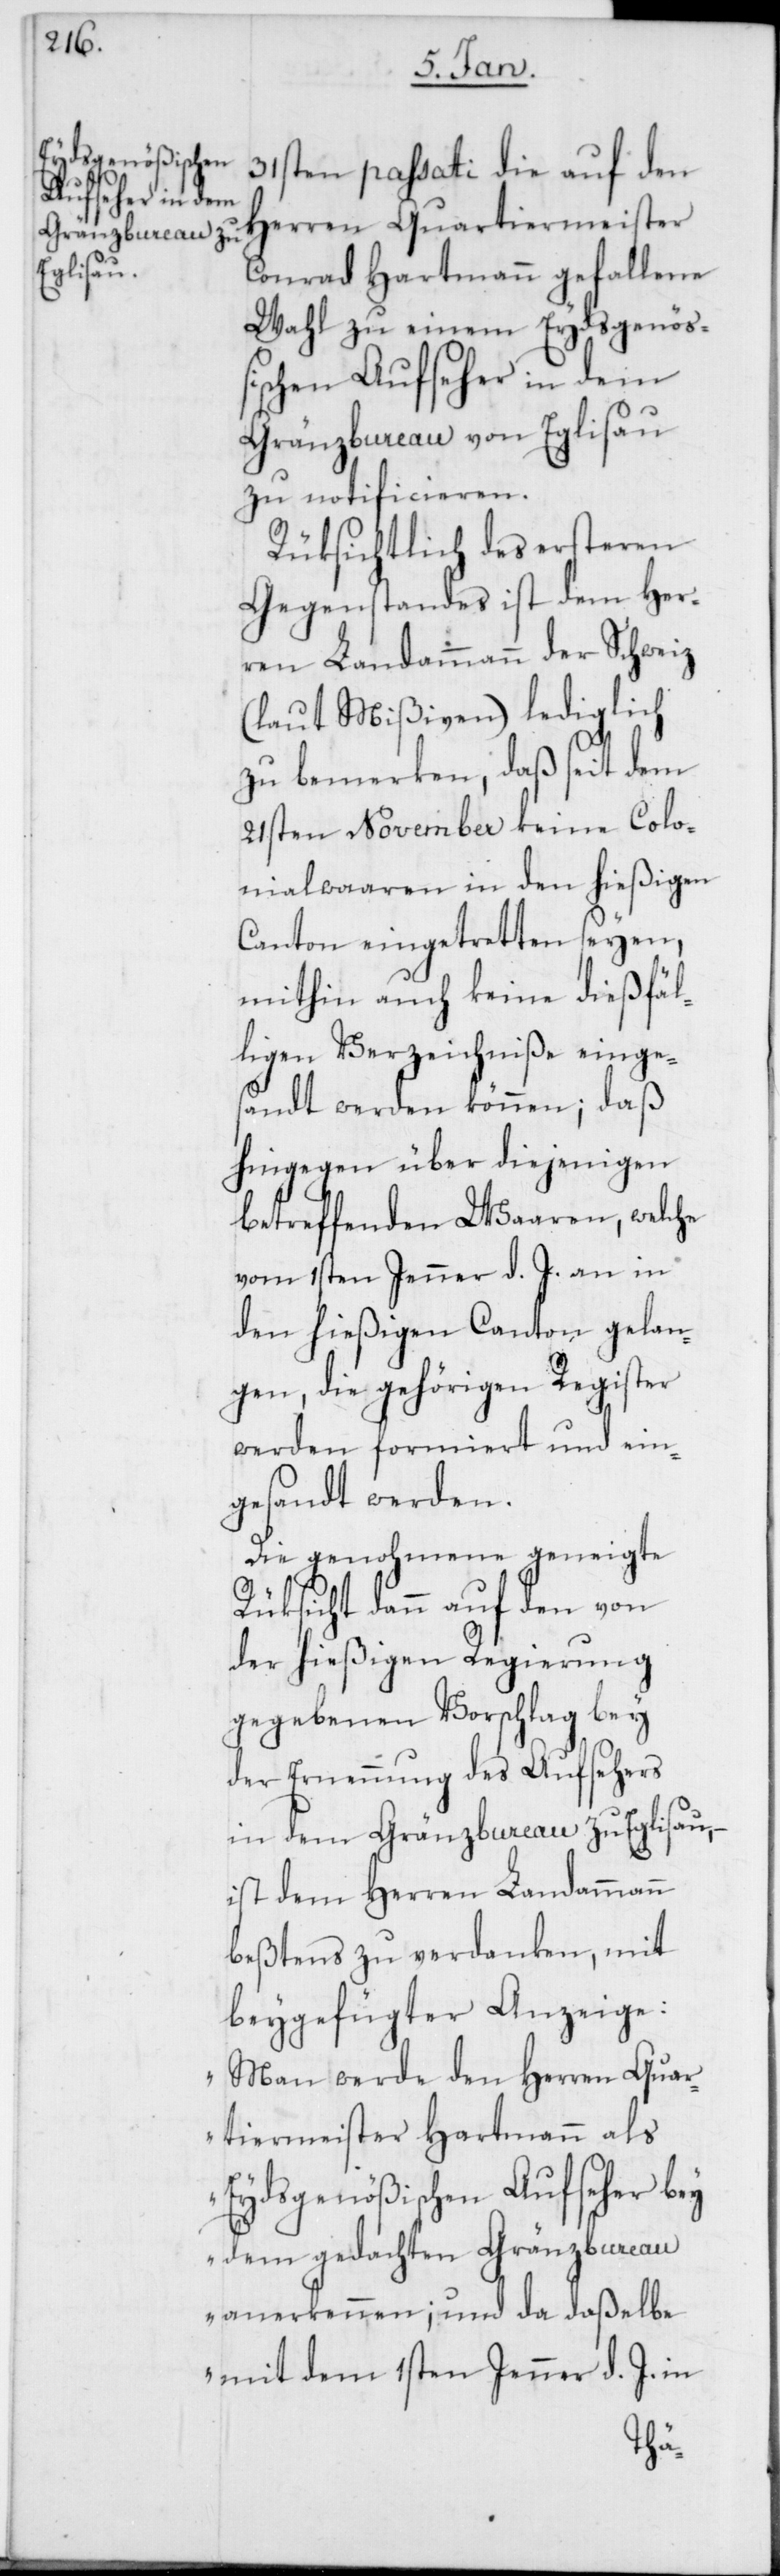
31sten passati die auf den
Herren Quartiermeister
Conrad Hartmann gefallene
Wahl zu einem Eydsgenöß¬
ischen Aufseher in dem
Gränzbureau von Eglisau
zu notificieren.
Rüksichtlich des ersteren
Gegenstandes ist dem Her¬
ren Landammann der Schweiz
(laut Mißiven) lediglich
zu bemerken, daß seit dem
21sten November keine Colo¬
nialwaaren in den hießigen
Canton eingetretten seyen,
mithin auch keine dießfäl¬
ligen Verzeichniße einge¬
sandt werden können; daß
hingegen über diejenigen
betreffenden Waaren, welche
vom 1sten Jenner d. J. an in
den hießigen Canton gelan¬
gen, die gehörigen Register
werden formiert und ein¬
gesandt werden.
Die genohmene geneigte
Rüksicht dann auf den von
der hießigen Regierung
gegebenen Vorschlag bey
der Ernennung des Aufsehers
in dem Gränzbureau zu Eglisau, –
ist dem Herren Landammann
beßtens zu verdanken, mit
beygefügter Anzeige:
„Man werde den Herren Quar¬
tiermeister Hartmann als
Eydsgenößischen Aufseher bey
dem gedachten Gränzbureau
anerkennen; und da daßelbe
mit dem 1sten Jenner d. J. in